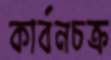
কার্বনচক্র